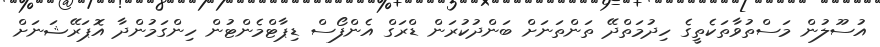
އުސޫލުން މަސްތުވާތަކެތީގެ ހިދުމަތްދޭ ތަންތަނަށް ބަންދުކުރަން ޑްރަގް އެންފޯސް ޑިޕާޓްމެންޓުން ހިންގަމުންދާ އޮޕަރޭޝަނަށް